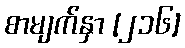
စာမျက်နှာ [၂၁၆]